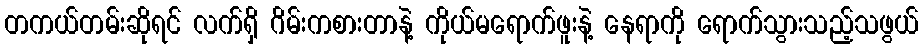
တကယ်တမ်းဆိုရင် လက်ရှိ ဂိမ်းကစားတာနဲ့ ကိုယ်မရောက်ဖူးနဲ့ နေရာကို ရောက်သွားသည့်သဖွယ်